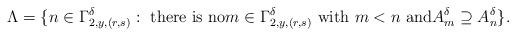
LaTeX: \begin{align*}\Lambda = \{ n \in \Gamma_{2,y,(r,s)}^{\delta} : \text{ there is no$m\in \Gamma_{2,y,(r,s)}^{\delta}$ with $m < n$ and$A_m^\delta \supseteq A_n^\delta$} \}.\end{align*}